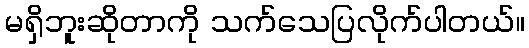
မရှိဘူးဆိုတာကို သက်သေပြလိုက်ပါတယ်။